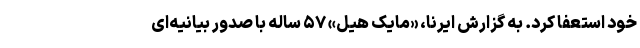
خود استعفا کرد. به گزارش ایرنا، «مایک هیل» ۵۷ ساله با صدور بیانیه‌ای